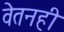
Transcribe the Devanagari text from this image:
वेतनही